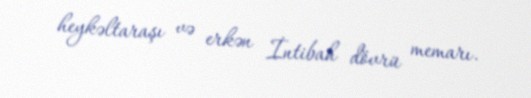
heykəltaraşı və erkən İntibah dövrü memarı.